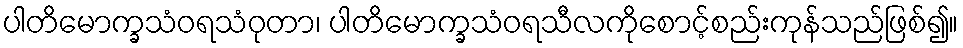
ပါတိမောက္ခသံဝရသံဝုတာ၊ ပါတိမောက္ခသံဝရသီလကိုစောင့်စည်းကုန်သည်ဖြစ်၍။